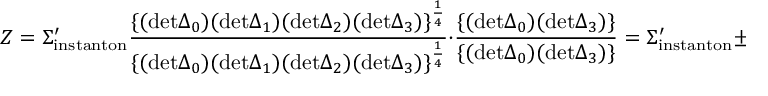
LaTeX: Z = \Sigma _ { \mathrm { i n s t a n t o n } } ^ { \prime } { \frac { \{ ( \mathrm { d e t } \Delta _ { 0 } ) ( \mathrm { d e t } \Delta _ { 1 } ) ( \mathrm { d e t } \Delta _ { 2 } ) ( \mathrm { d e t } \Delta _ { 3 } ) \} ^ { \frac { 1 } { 4 } } } { \{ ( \mathrm { d e t } \Delta _ { 0 } ) ( \mathrm { d e t } \Delta _ { 1 } ) ( \mathrm { d e t } \Delta _ { 2 } ) ( \mathrm { d e t } \Delta _ { 3 } ) \} ^ { \frac { 1 } { 4 } } } } \cdot { \frac { \{ ( \mathrm { d e t } \Delta _ { 0 } ) ( \mathrm { d e t } \Delta _ { 3 } ) \} } { \{ ( \mathrm { d e t } \Delta _ { 0 } ) ( \mathrm { d e t } \Delta _ { 3 } ) \} } } = \Sigma _ { \mathrm { i n s t a n t o n } } ^ { \prime } \pm 1